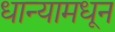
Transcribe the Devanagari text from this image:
धान्यामधून